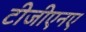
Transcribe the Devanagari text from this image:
टीजीएनए